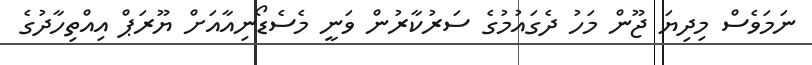
ނަމަވެސް މިދިޔަ ޖޫން މަހު ދެގައުމުގެ ސަރުކާރުން ވަނީ މެސެޑޯނިއާއަށް ޔޫރަޕް އިއްތިހާދުގެ